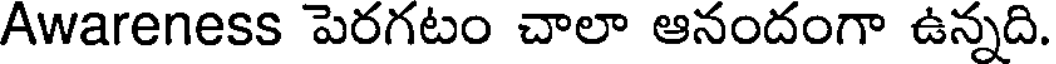
Awareness పెరగటం చాలా ఆనందంగా ఉన్నది.